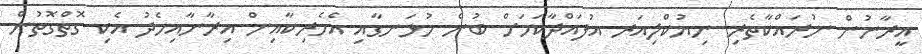
އީރާނުން ނުރައްކާތެރި ނިޔުކްލިއަރ އުފައްދާކަމަށް ބުނެ ހުޅަނގާއި އެމެރިކާއިން އިރާނާއިމެދު އެކި ގޮތްގޮތުން